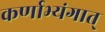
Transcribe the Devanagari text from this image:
कर्णाभ्यंगात्‌